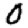
Digit: 0